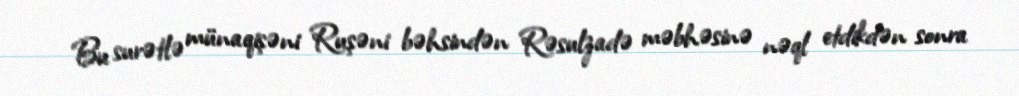
Bu surətlə münaqişəni Ruşəni bəhsindən Rəsulzadə məbhəsinə nəql etdikdən sonra